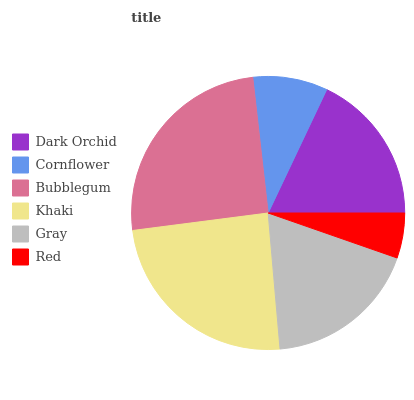
| Dark Orchid | Cornflower | Bubblegum | Khaki | Gray | Red |
 | --- | --- | --- | --- | --- | --- |
 | 18% | 8.84% | 25.3% | 24.3% | 18.3% | 5.34% |